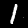
Label: 1